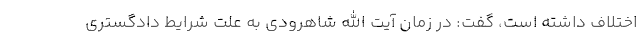
اختلاف داشته است، گفت: در زمان آیت الله شاهرودی به علت شرایط دادگستری